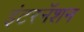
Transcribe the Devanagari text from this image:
इंटरनॅशन